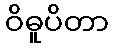
ဝိဓူပိတာ